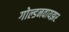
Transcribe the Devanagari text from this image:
गोल्डनवायझर